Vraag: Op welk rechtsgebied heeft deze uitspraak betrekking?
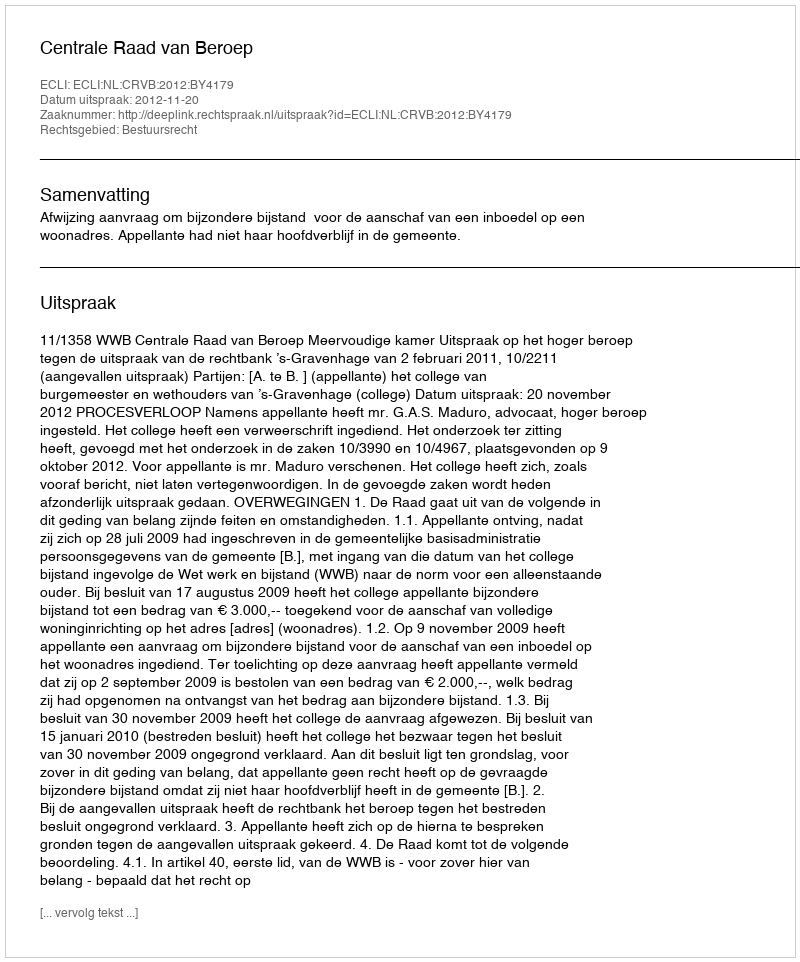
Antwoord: Bestuursrecht